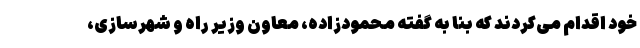
خود اقدام می‌کردند که بنا به گفته محمودزاده، معاون وزیر راه و شهرسازی،